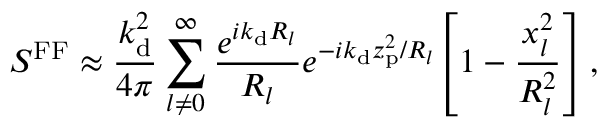
S ^ { \mathrm { F F } } \approx \frac { k _ { \mathrm { d } } ^ { 2 } } { 4 \pi } \sum _ { l \neq 0 } ^ { \infty } \frac { e ^ { i k _ { \mathrm { d } } R _ { l } } } { R _ { l } } e ^ { - i k _ { \mathrm { d } } z _ { \mathrm { p } } ^ { 2 } / R _ { l } } \! \left[ 1 - \frac { x _ { l } ^ { 2 } } { R _ { l } ^ { 2 } } \right] ,